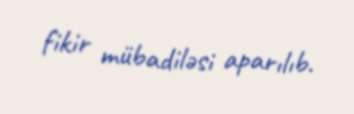
fikir mübadiləsi aparılıb.